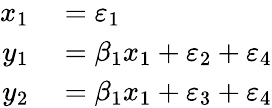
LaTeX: \begin{array}{rl}{x_{1}}&{{}=\varepsilon_{1}}\\ {y_{1}}&{{}=\beta_{1}x_{1}+\varepsilon_{2}+\varepsilon_{4}}\\ {y_{2}}&{{}=\beta_{1}x_{1}+\varepsilon_{3}+\varepsilon_{4}}\end{array}